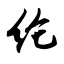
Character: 纶